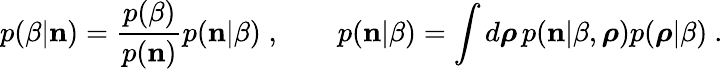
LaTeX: p(\beta|{\mathbf n})=\frac{p(\beta)}{p({\mathbf n})}p({\mathbf n}|\beta)\; ,\qquad p({\mathbf n}|\beta)=\int d\boldsymbol{\rho}\, p({\mathbf n}|\beta,\boldsymbol{\rho})p(\boldsymbol{\rho}|\beta)~.